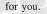
for you.